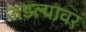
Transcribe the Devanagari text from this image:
जडल्यावर